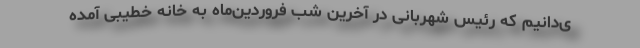
ی‌دانیم که رئیس شهربانی در آخرین شب فروردین‌ماه به خانه خطیبی آمده